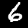
Digit: 6